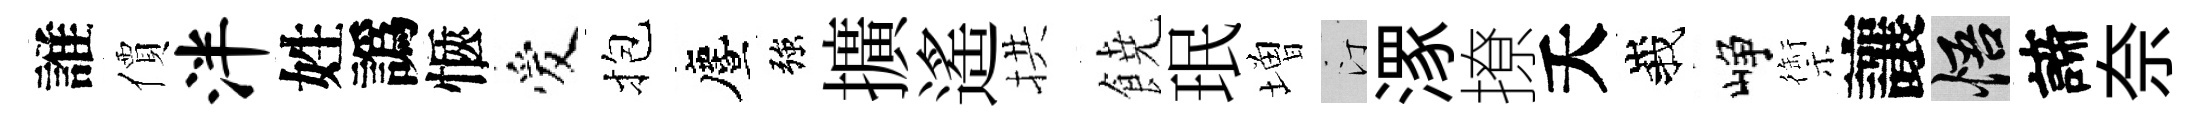
誰價泮姓譌愜爱抱󵨌強擴遙拱𩜙珉増汀潈撩夭峩峥禦讓悟諦奈